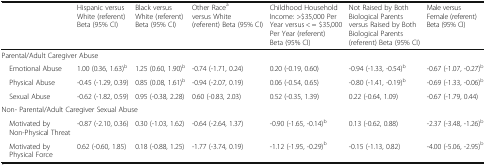
<table><thead><tr><td></td><td><b>Hispanic versus White (referent) Beta (95% CI)</b></td><td><b>Black versus White (referent) Beta (95% CI)</b></td><td><b>Other Race<sup>a</sup>versus White (referent) Beta (95% CI)</b></td><td><b>Childhood Household Income: &gt;$35,000 Per Year versus &lt; = $35,000 Per Year (referent) Beta (95% CI)</b></td><td><b>Not Raised by Both Biological Parents versus Raised by Both Biological Parents (referent) Beta (95% CI)</b></td><td><b>Male versus Female (referent) Beta (95% CI)</b></td></tr></thead><tbody><tr><td colspan="7">Parental/Adult Caregiver Abuse</td></tr><tr><td> Emotional Abuse</td><td>1.00 (0.36, 1.63)<sup>b</sup></td><td>1.25 (0.60, 1.90)<sup>b</sup></td><td>-0.74 (-1.71, 0.24)</td><td>0.20 (-0.19, 0.60)</td><td>-0.94 (-1.33, -0.54)<sup>b</sup></td><td>-0.67 (-1.07, -0.27)<sup>b</sup></td></tr><tr><td> Physical Abuse</td><td>-0.45 (-1.29, 0.39)</td><td>0.85 (0.08, 1.61)<sup>b</sup></td><td>-0.94 (-2.07, 0.19)</td><td>0.06 (-0.54, 0.65)</td><td>-0.80 (-1.41, -0.19)<sup>b</sup></td><td>-0.69 (-1.33, -0.06)<sup>b</sup></td></tr><tr><td> Sexual Abuse</td><td>-0.62 (-1.82, 0.59)</td><td>0.95 (-0.38, 2.28)</td><td>0.60 (-0.83, 2.03)</td><td>0.52 (-0.35, 1.39)</td><td>0.22 (-0.64, 1.09)</td><td>-0.67 (-1.79, 0.44)</td></tr><tr><td colspan="7">Non- Parental/Adult Caregiver Sexual Abuse</td></tr><tr><td> Motivated by Non-Physical Threat</td><td>-0.87 (-2.10, 0.36)</td><td>0.30 (-1.03, 1.62)</td><td>-0.64 (-2.64, 1.37)</td><td>-0.90 (-1.65, -0.14)<sup>b</sup></td><td>0.13 (-0.62, 0.88)</td><td>-2.37 (-3.48, -1.26)<sup>b</sup></td></tr><tr><td> Motivated by Physical Force</td><td>0.62 (-0.60, 1.85)</td><td>0.18 (-0.88, 1.25)</td><td>-1.77 (-3.74, 0.19)</td><td>-1.12 (-1.95, -0.29)<sup>b</sup></td><td>-0.15 (-1.13, 0.82)</td><td>-4.00 (-5.06, -2.95)<sup>b</sup></td></tr></tbody></table>